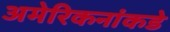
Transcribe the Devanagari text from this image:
अमेरिकनांकडे